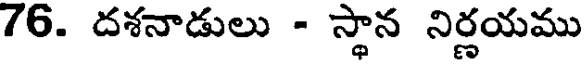
76. దశనాడులు - స్థాన నిర్ణయము